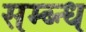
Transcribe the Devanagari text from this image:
सम्ब्न्ध